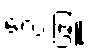
လေးဖြူ